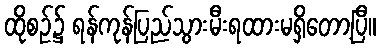
ထိုစဉ်၌ ရန်ကုန်ပြည်သွားမီးရထားမရှိတော့ပြီ။